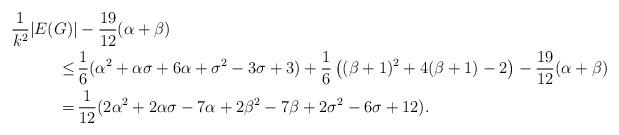
LaTeX: \begin{align*}\frac{1}{k^2}|E(G)|&-\frac{19}{12}(\alpha+\beta)\,\\\leq\, &\frac{1}{6} (\alpha^2+\alpha \sigma+6 \alpha+\sigma^2-3 \sigma+3) + \frac{1}{6}\left((\beta+1)^2+4(\beta+1)-2\right) - \frac{19}{12}(\alpha+\beta) \\=\,& \frac{1}{12}(2 \alpha^2+2 \alpha \sigma-7 \alpha+2 \beta^2-7 \beta+2 \sigma^2-6 \sigma+12).\end{align*}